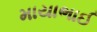
માયાભાઈ